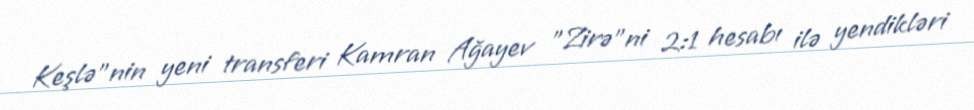
Keşlə"nin yeni transferi Kamran Ağayev "Zirə"ni 2:1 hesabı ilə yendikləri